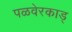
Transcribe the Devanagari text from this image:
पळवेरकाड्